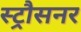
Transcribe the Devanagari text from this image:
स्ट्रौसनर